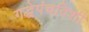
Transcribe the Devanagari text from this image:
गद्धेपंचविशी